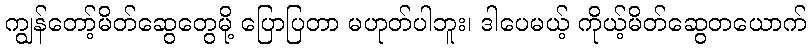
ကျွန်တော့်မိတ်ဆွေတွေမို့ ပြောပြတာ မဟုတ်ပါဘူး၊ ဒါပေမယ့် ကိုယ့်မိတ်ဆွေတယောက်